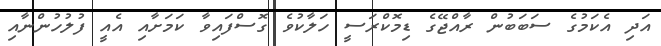
އަދި އެކަމުގެ ސަބަބުން ރާއްޖޭގެ ޑިމޮކްރަސީ ހަލާކުވެ ގޮސްފައިވާ ކަމަށާއި އެއީ ފުލުހުންނާއި